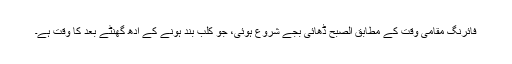
فائرنگ مقامی وقت کے مطابق الصبح ڈھائی بجے شروع ہوئی، جو کلب بند ہونے کے آدھ گھنٹے بعد کا وقت ہے۔